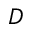
D